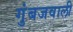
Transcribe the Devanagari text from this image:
गुंबजवाली